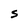
Character: S